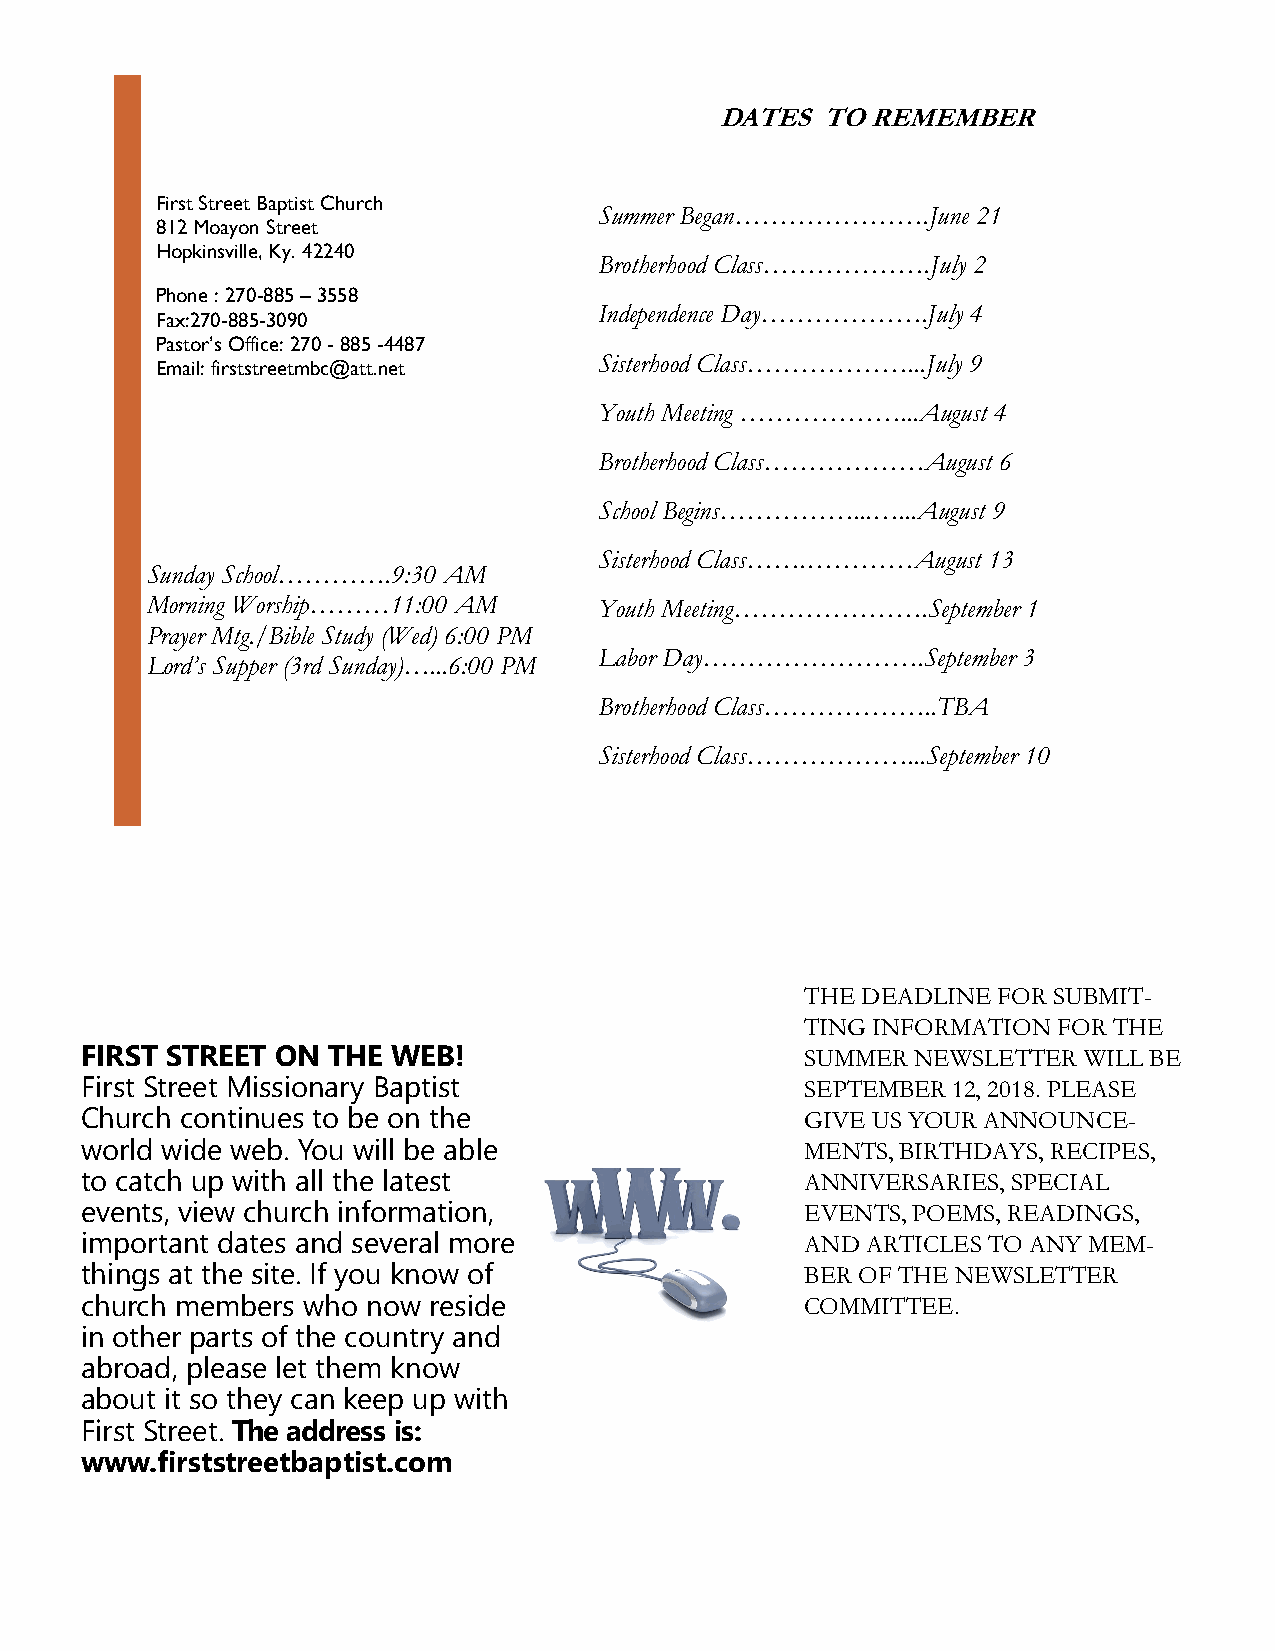
DATES TO  REMEMBER
 First Street Baptist Church
 Summer Began………………….June 21
 812 Moayon Street
 Hopkinsville, Ky. 42240
 Brotherhood Class……………….July 2
 Phone : 270-885 – 3558
 Independence Day……………….July 4
 Fax:270-885-3090
 Pastor’s Office: 270 - 885 -4487
 Sisterhood Class………………...July 9
 Email: firststreetmbc@att.net
 Youth Meeting ………………...August 4
 Brotherhood Class………………August 6
 School Begins……………...…...August 9
 Sisterhood Class…….…………August 13
 Sunday School………….9:30 AM
 Morning Worship………11:00 AM    Youth Meeting………………….September 1
 Prayer Mtg./Bible Study (Wed) 6:00 PM
 Labor Day…………………….September 3
 Lord’s Supper (3rd Sunday)…...6:00 PM
 Brotherhood Class………………..TBA
 Sisterhood Class………………...September 10
 THE DEADLINE FOR SUBMIT-
 TING INFORMATION FOR THE
 FIRST STREET ON  THE WEB!                       SUMMER  NEWSLETTER WILL BE
 First Street Missionary Baptist                 SEPTEMBER 12, 2018. PLEASE
 Church continues to be on the                   GIVE US YOUR ANNOUNCE-
 world wide web. You will be able                MENTS, BIRTHDAYS, RECIPES,
 to catch up with all the latest                 ANNIVERSARIES, SPECIAL
 events, view church information,                EVENTS, POEMS, READINGS,
 important dates and several more                AND ARTICLES TO ANY MEM-
 things at the site. If you know of              BER OF THE NEWSLETTER
 church members who now reside                   COMMITTEE.
 in other parts of the country and
 abroad, please let them know
 about it so they can keep up with
 First Street. The address is:
 www.firststreetbaptist.com